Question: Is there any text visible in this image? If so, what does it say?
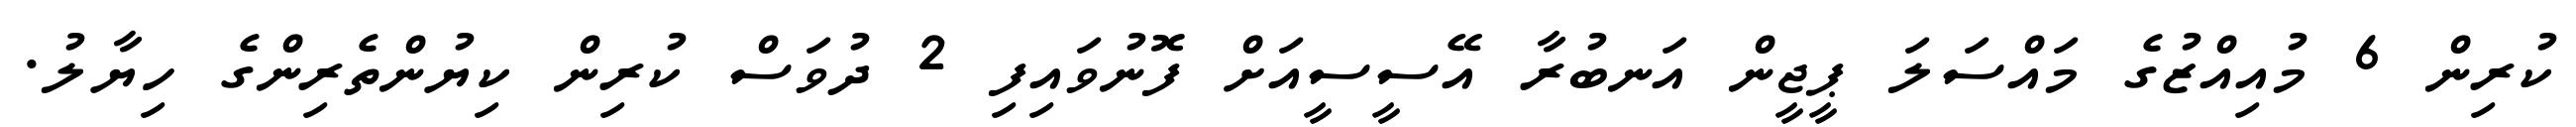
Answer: ކުރިން 6 މުއިއްޒުގެ މައްސަލަ ޕީޖީން އަނބުރާ އޭސީސީއަށް ފޮނުވައިފި 2 ދުވަސް ކުރިން ކިޔުންތެރިންގެ ހިޔާލު.